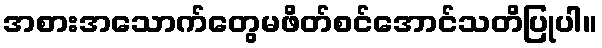
အစားအသောက်တွေမဖိတ်စင်အောင်သတိပြုပါ။